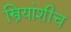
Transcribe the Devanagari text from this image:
स्त्रियांशीच